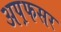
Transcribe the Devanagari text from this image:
अप़फसर